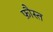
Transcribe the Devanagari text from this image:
फ़ौस्त